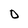
Character: 0